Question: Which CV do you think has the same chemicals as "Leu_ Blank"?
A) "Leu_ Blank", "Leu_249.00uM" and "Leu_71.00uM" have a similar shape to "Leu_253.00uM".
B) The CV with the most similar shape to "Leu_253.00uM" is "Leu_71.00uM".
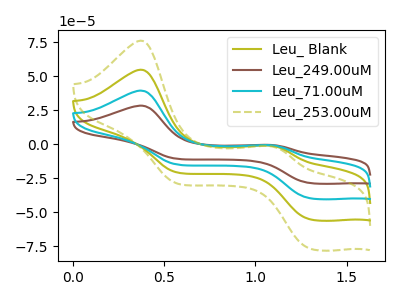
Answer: <think>The olive curve "Leu_ Blank" has anodic peaks at (0.35V, 54.80uA) (1.10V, -1.00uA) and cathodic peaks at (1.30V, -55.15uA) (0.55V, -20.75uA). The brown curve "Leu_249.00uM" has anodic peaks at (0.35V, 164.35uA) (1.10V, -3.05uA) and cathodic peaks at (1.30V, -165.40uA) (0.55V, -62.25uA). The cyan curve "Leu_71.00uM" has anodic peaks at (0.35V, 109.60uA) (1.10V, -2.05uA) and cathodic peaks at (1.30V, -110.25uA) (0.55V, -41.50uA). The olive dashed curve "Leu_253.00uM" has anodic peaks at (0.35V, 76.15uA) (1.10V, -1.40uA) and cathodic peaks at (1.30V, -76.60uA) (0.55V, -28.85uA).
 All the peaks in "Leu_ Blank" have a peak in "Leu_249.00uM" at the same potential. All the peaks in "Leu_ Blank" have a peak in "Leu_71.00uM" at the same potential. All the peaks in "Leu_ Blank" have a peak in "Leu_253.00uM" at the same potential. All the peaks in "Leu_249.00uM" have a peak in "Leu_71.00uM" at the same potential. All the peaks in "Leu_249.00uM" have a peak in "Leu_253.00uM" at the same potential. All the peaks in "Leu_71.00uM" have a peak in "Leu_253.00uM" at the same potential.</think>
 <answer>A) "Leu_ Blank", "Leu_249.00uM" and "Leu_71.00uM" have a similar shape to "Leu_253.00uM".</answer>
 <eval>A</eval>